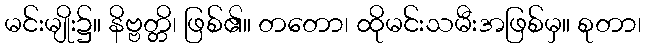
မင်းမျိုး၌။ နိဗ္ဗတ္တိ၊ ဖြစ်၏။ တတော၊ ထိုမင်းသမီးအဖြစ်မှ။ စုတာ၊